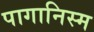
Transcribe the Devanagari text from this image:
पागानिस्म